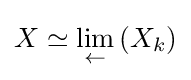
X\simeq {\underset {\leftarrow }{\text{lim}}}\left(X_{k}\right)